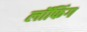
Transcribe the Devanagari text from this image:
लॉफिंग